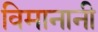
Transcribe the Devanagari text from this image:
विमानानी